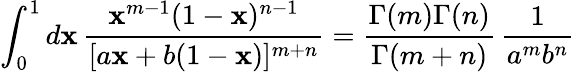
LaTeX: \int_{0}^{1}d\mathbf{x}\, {\frac{{\mathbf{x}^{m-1}(1-\mathbf{x})^{n-1}}}{{[a\mathbf{x}+b(1-\mathbf{x})]^{m+n}}}}={\frac{{\Gamma(m)\Gamma(n)}}{{\Gamma(m+n)}}}\, {\frac{{1}}{{a^{m}b^{n}}}}